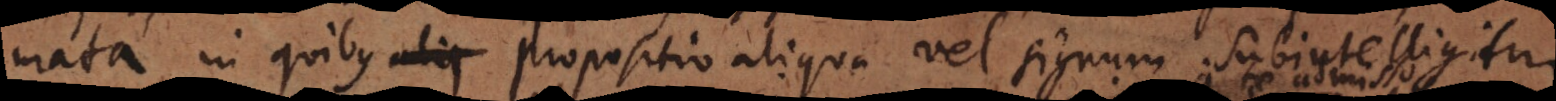
mata in quibus propositio aliqua vel signum subintelligitur: